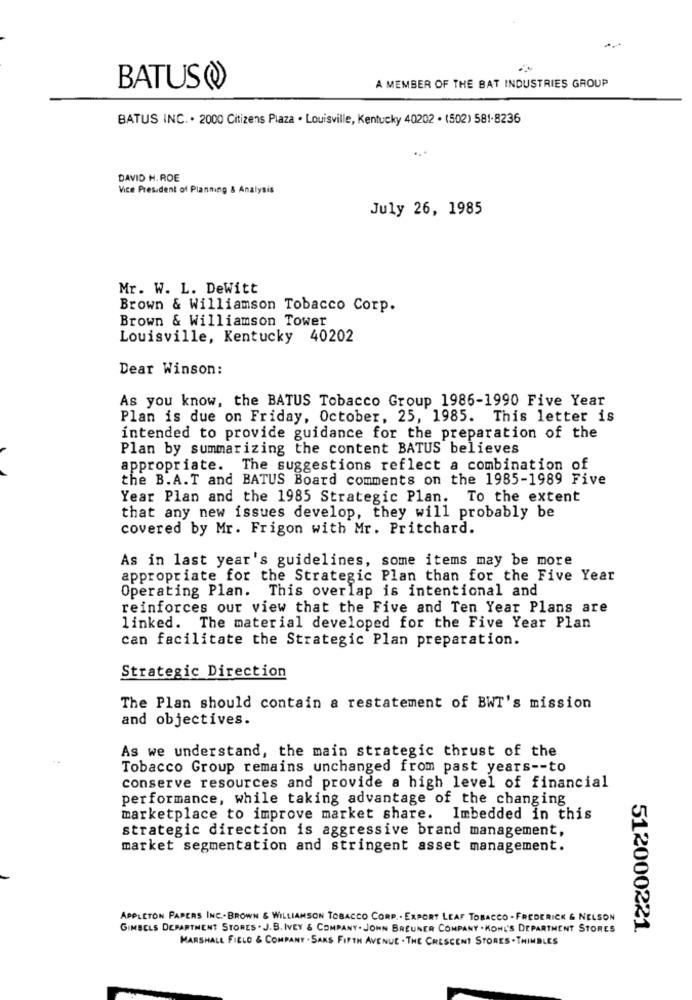
BATUS(
A MEMBER OF THE BAT INDUSTRIES GROUP
BATUS INC. . 2000 Citizens Plaza . Louisville, Kentucky 40202 · (502) 581-8236
DAVID H.ROE
Vice President of Planning & Analysis
July 26, 1985
Mr. W. L. DeWitt
Brown & Williamson Tobacco Corp.
Brown & Williamson Tower
Louisville, Kentucky 40202
Dear Winson:
As you know, the BATUS Tobacco Group 1986-1990 Five Year
Plan is due on Friday, October, 25, 1985. This letter is
intended to provide guidance for the preparation of the
Plan by summarizing the content BATUS believes
appropriate. The suggestions reflect a combination of
the B.A.T and BATUS Board comments on the 1985-1989 Five
Year Plan and the 1985 Strategic Plan. To the extent
that any new issues develop, they will probably be
covered by Mr. Frigon with Mr. Pritchard.
As in last year's guidelines, some items may be more
appropriate for the Strategic Plan than for the Five Year
Operating Plan. This overlap is intentional and
reinforces our view that the Five and Ten Year Plans are
linked. The material developed for the Five Year Plan
can facilitate the Strategic Plan preparation.
Strategic Direction
The Plan should contain a restatement of BWT's mission
and objectives.
As we understand, the main strategic thrust of the
Tobacco Group remains unchanged from past years -- to
conserve resources and provide a high level of financial
performance, while taking advantage of the changing
marketplace to improve market share. Imbedded in this
strategic direction is aggressive brand management,
market segmentation and stringent asset management.
APPLETON PAPERS INC .. BROWN & WILLIAMSON TOBACCO CORP .. EXPORT LEAF TOBACCO . FREDERICK & NELSON
GIMBELS DEPARTMENT STORES . J. B. IVEY & COMPANY. JOHN BREUNER COMPANY . KOHL'S DEPARTMENT STORES
512000221
MARSHALL FIELD & COMPANY . SAKS FIFTH AVENUE . THE CRESCENT STORES . THIMBLES